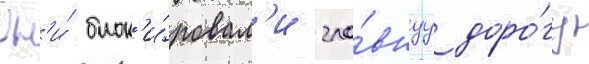
Он'и́ блок'и́ровал'и гла́внуу доро́гу